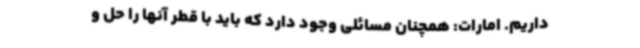
داریم. امارات: همچنان مسائلی وجود دارد که باید با قطر آنها را حل و